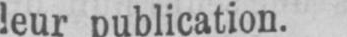
leur publication.